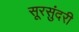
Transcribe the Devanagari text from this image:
सूरसुंदरी